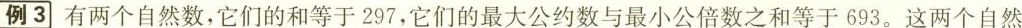
例3 有两个自然数，它们的和等于297，它们的最大公约数与最小公倍数之和等于693。这两个自然